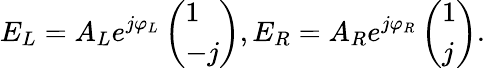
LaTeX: E_{L}=A_{L}e^{j\varphi_{L}}\left(\begin{array}{l}{1}\\ {-j}\end{array}\right),E_{R}=A_{R}e^{j\varphi_{R}}\left(\begin{array}{l}{1}\\ {j}\end{array}\right).